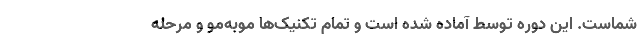
شماست. این دوره توسط آماده شده است و تمام تکنیک‌ها موبه‌مو و مرحله